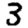
Digit: 3